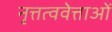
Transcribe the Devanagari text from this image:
नृत्तत्ववेत्ताओं